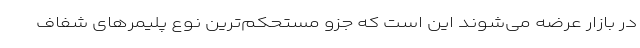
در بازار عرضه می‌شوند این است که جزو مستحکم‌ترین نوع پلیمرهای شفاف